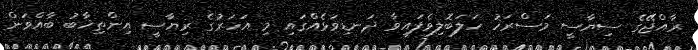
ރާއްޖޭގެ ސިޔާސީ މަސްރަހު ހަލަބޮލިވެފައިވާ ދަނޑިވަޅެއްގައި މި އަހަރުގެ ރިޔާސީ އިންތިޚާބު ބާއްވަން